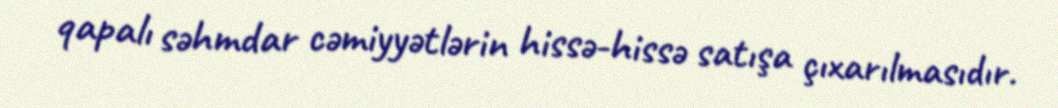
qapalı səhmdar cəmiyyətlərin hissə-hissə satışa çıxarılmasıdır.